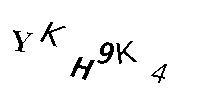
YKH9K4